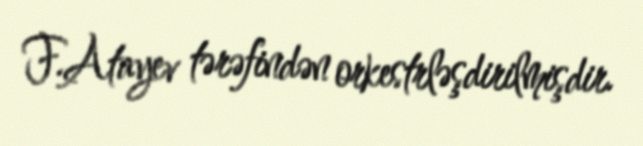
F.Atayev tərəfindən orkestrləşdirilmişdir.